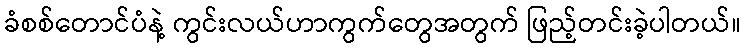
ခံစစ်တောင်ပံနဲ့ ကွင်းလယ်ဟာကွက်တွေအတွက် ဖြည့်တင်းခဲ့ပါတယ်။